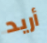
أريد